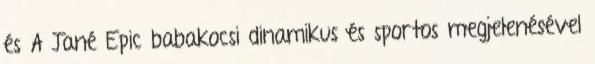
és A Jané Epic babakocsi dinamikus és sportos megjelenésével